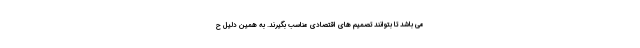
می باشد تا بتوانند تصمیم های اقتصادی مناسب بگیرند. به همین دلیل ح